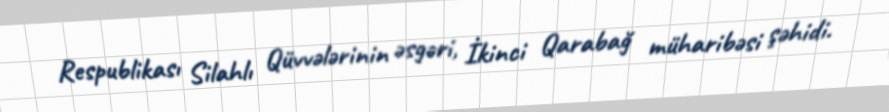
Respublikası Silahlı Qüvvələrinin əsgəri, İkinci Qarabağ müharibəsi şəhidi.